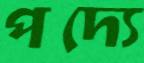
পদ্যে